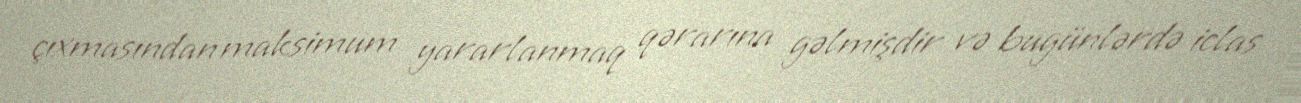
çıxmasından maksimum yararlanmaq qərarına gəlmişdir və bugünlərdə iclas